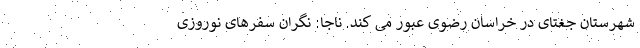
شهرستان جغتای در خراسان رضوی عبور می کند. ناجا: نگران سفرهای نوروزی